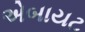
એબાયટ